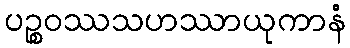
ပဉ္စဝဿသဟဿာယုကာနံ